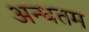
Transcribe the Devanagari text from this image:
अन्धतम